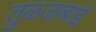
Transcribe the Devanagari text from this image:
तुळजाबाई